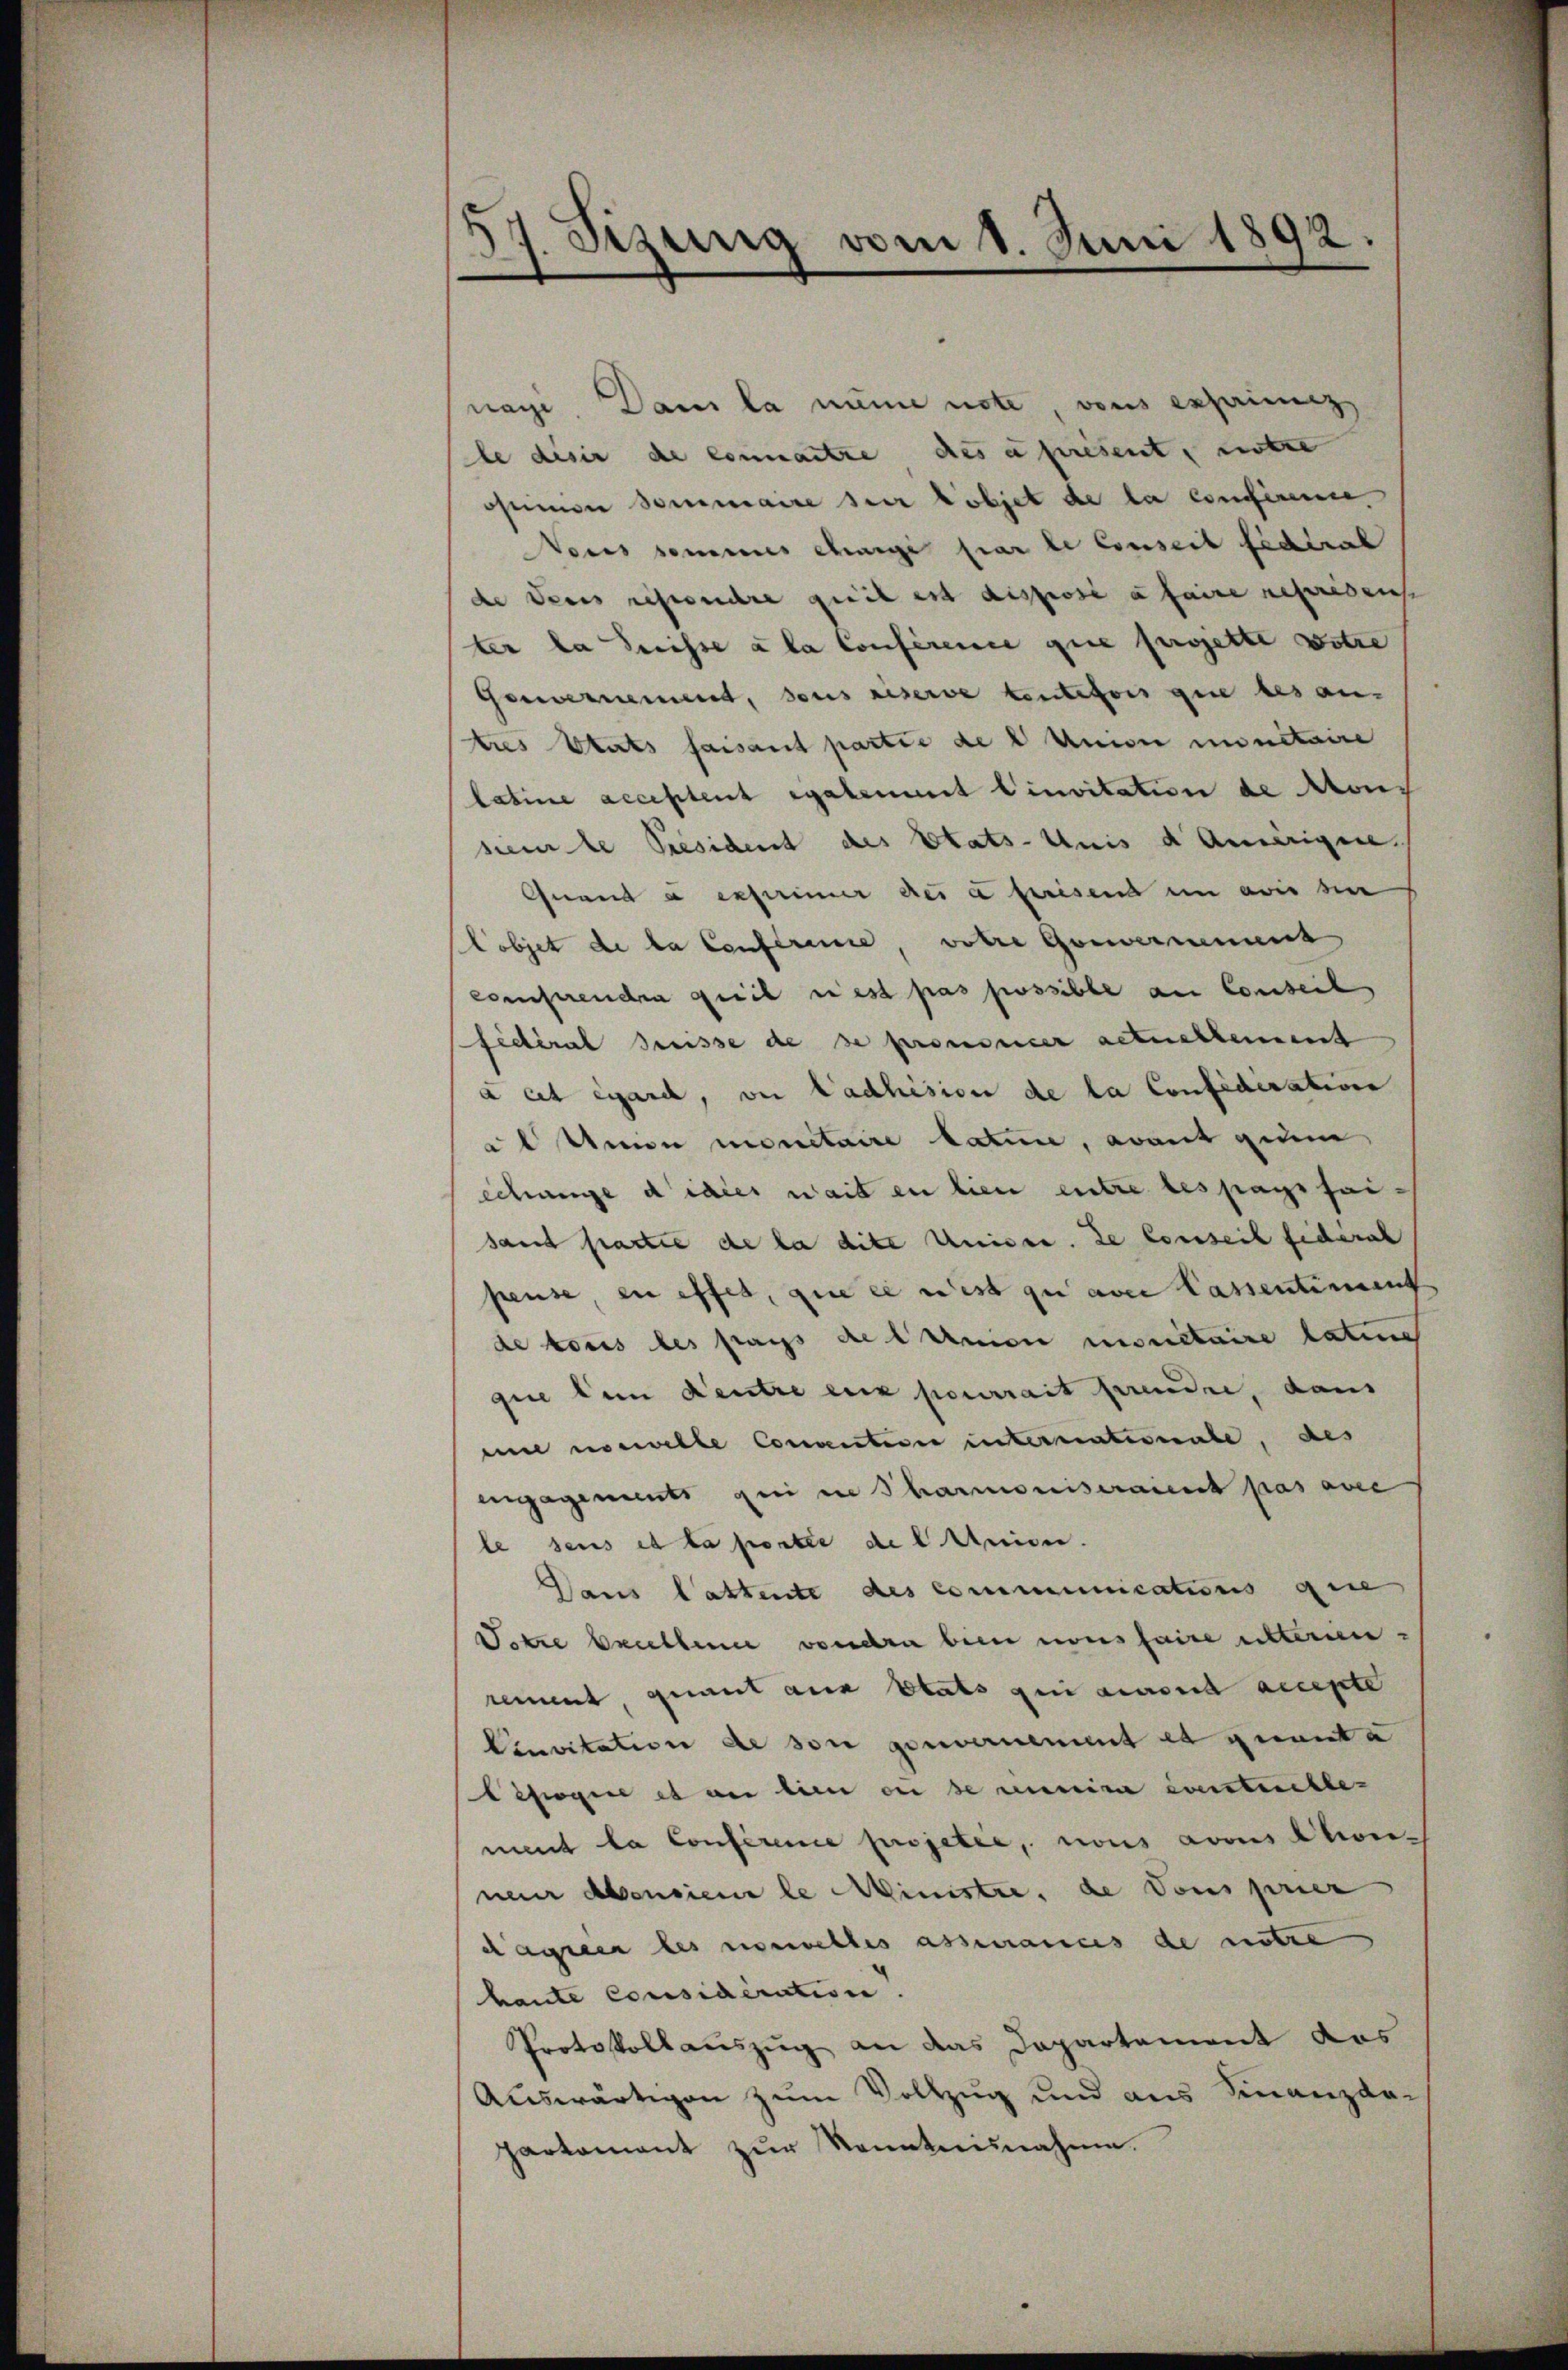
57. Sizung vom 1. Juni 1892.

nach Dans la meine note, vons expriming
le desir de connantze des apresent, unte
omon dommaire sur lobjet de la confireme
Vares semines ehrige par le Conseit fidtrat
de deres gesuche qui est disposi a faire reprisen
ter la Suisse à la Conference que projette Botze
Gouvernement, dens eiserve toutefois que des an-
tres Etats faisant partie de l Union minitaire
labine acceptent egalement Cinvitation de Mons
sei le Président des Etats-Unis d Amerigen.
Quand a exprimer des a prisend in avis ser
Lobjet de la Conference vohre Gouvernennen
comprendra quel riest pas possible am Conseil
fédéral Preisse de se prononcer actuelleimt
a et égard, von Ladhision de la Confidisation
 Union montaire laten, avant gem
echange didier weit en lieu entre les pays seisaud partie de la dite Unises. de Conseit fiderat
peuse, zu offes, que es west zu aber Cassentiment
de tous les pays de lunion monetaire laten
gie den Kentre eux pourrait prendre, dann
eine norwelle Convention internationale, des
engagements qui in Pharmoniseraient pas avec
le seis et la portie de lanien.
Daus Cattente des Communications que
Totre bruthene vendre bien nous faire utterien-
temmt, quant aus Etats genannt accepte
Cinvitation de son genanement et quanta
Cesogie et an dien der de Linie eventuelle-
ment la Conference projetée, nous avous Clivie-
neur Abendiene le Ministre, de Vous prier
dagieer les nouvelles assmanns de untre
haute considération. |
Protokollauszug an das Departement das
Auswärtigen zum Vollzug und aus Finanzda-
parkomant zur Kenntnisnahme.